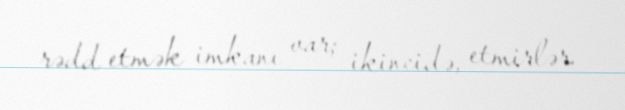
rədd etmək imkanı var; ikincidə, etmirlər.